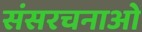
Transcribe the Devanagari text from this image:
संसरचनाओं